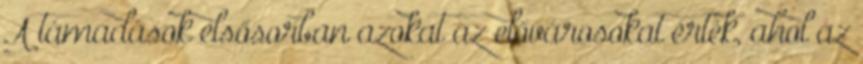
A támadások elsősorban azokat az elővárosokat érték, ahol az